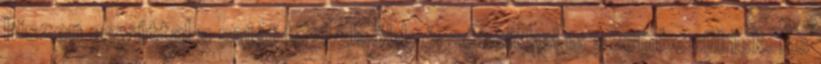
hiszen egyúttal a saját legbelsőbb érzéseikkel is szembesülnek. És